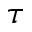
\tau